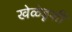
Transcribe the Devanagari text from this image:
खेळेडूशी